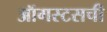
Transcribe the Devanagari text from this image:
ऑगस्टसची